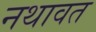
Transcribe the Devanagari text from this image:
नथावत